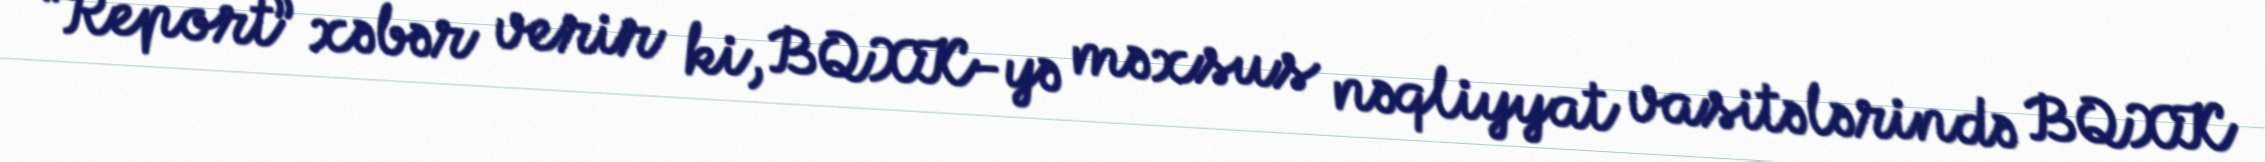
“Report” xəbər verir ki, BQXK-yə məxsus nəqliyyat vasitələrində BQXK